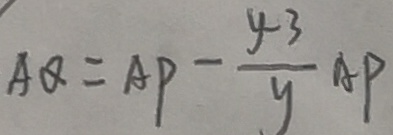
A Q = A P - \frac { y - 3 } { y } A P